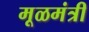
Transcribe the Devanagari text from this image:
मूळमंत्री